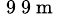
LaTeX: ^{\mathrm{~9~9~m~}}